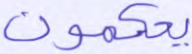
يحكمون